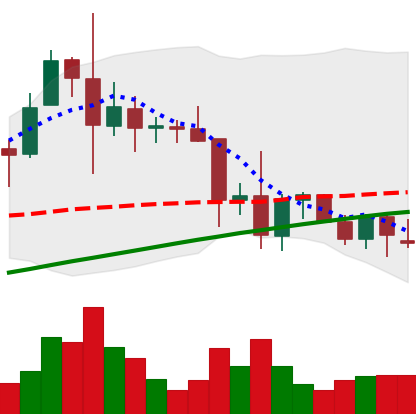
Ticker: XRP-USD
Chart end date: 2021-11-25
Forward return: -3.211%
Label: down_3_5